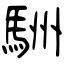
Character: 駲